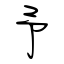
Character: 予